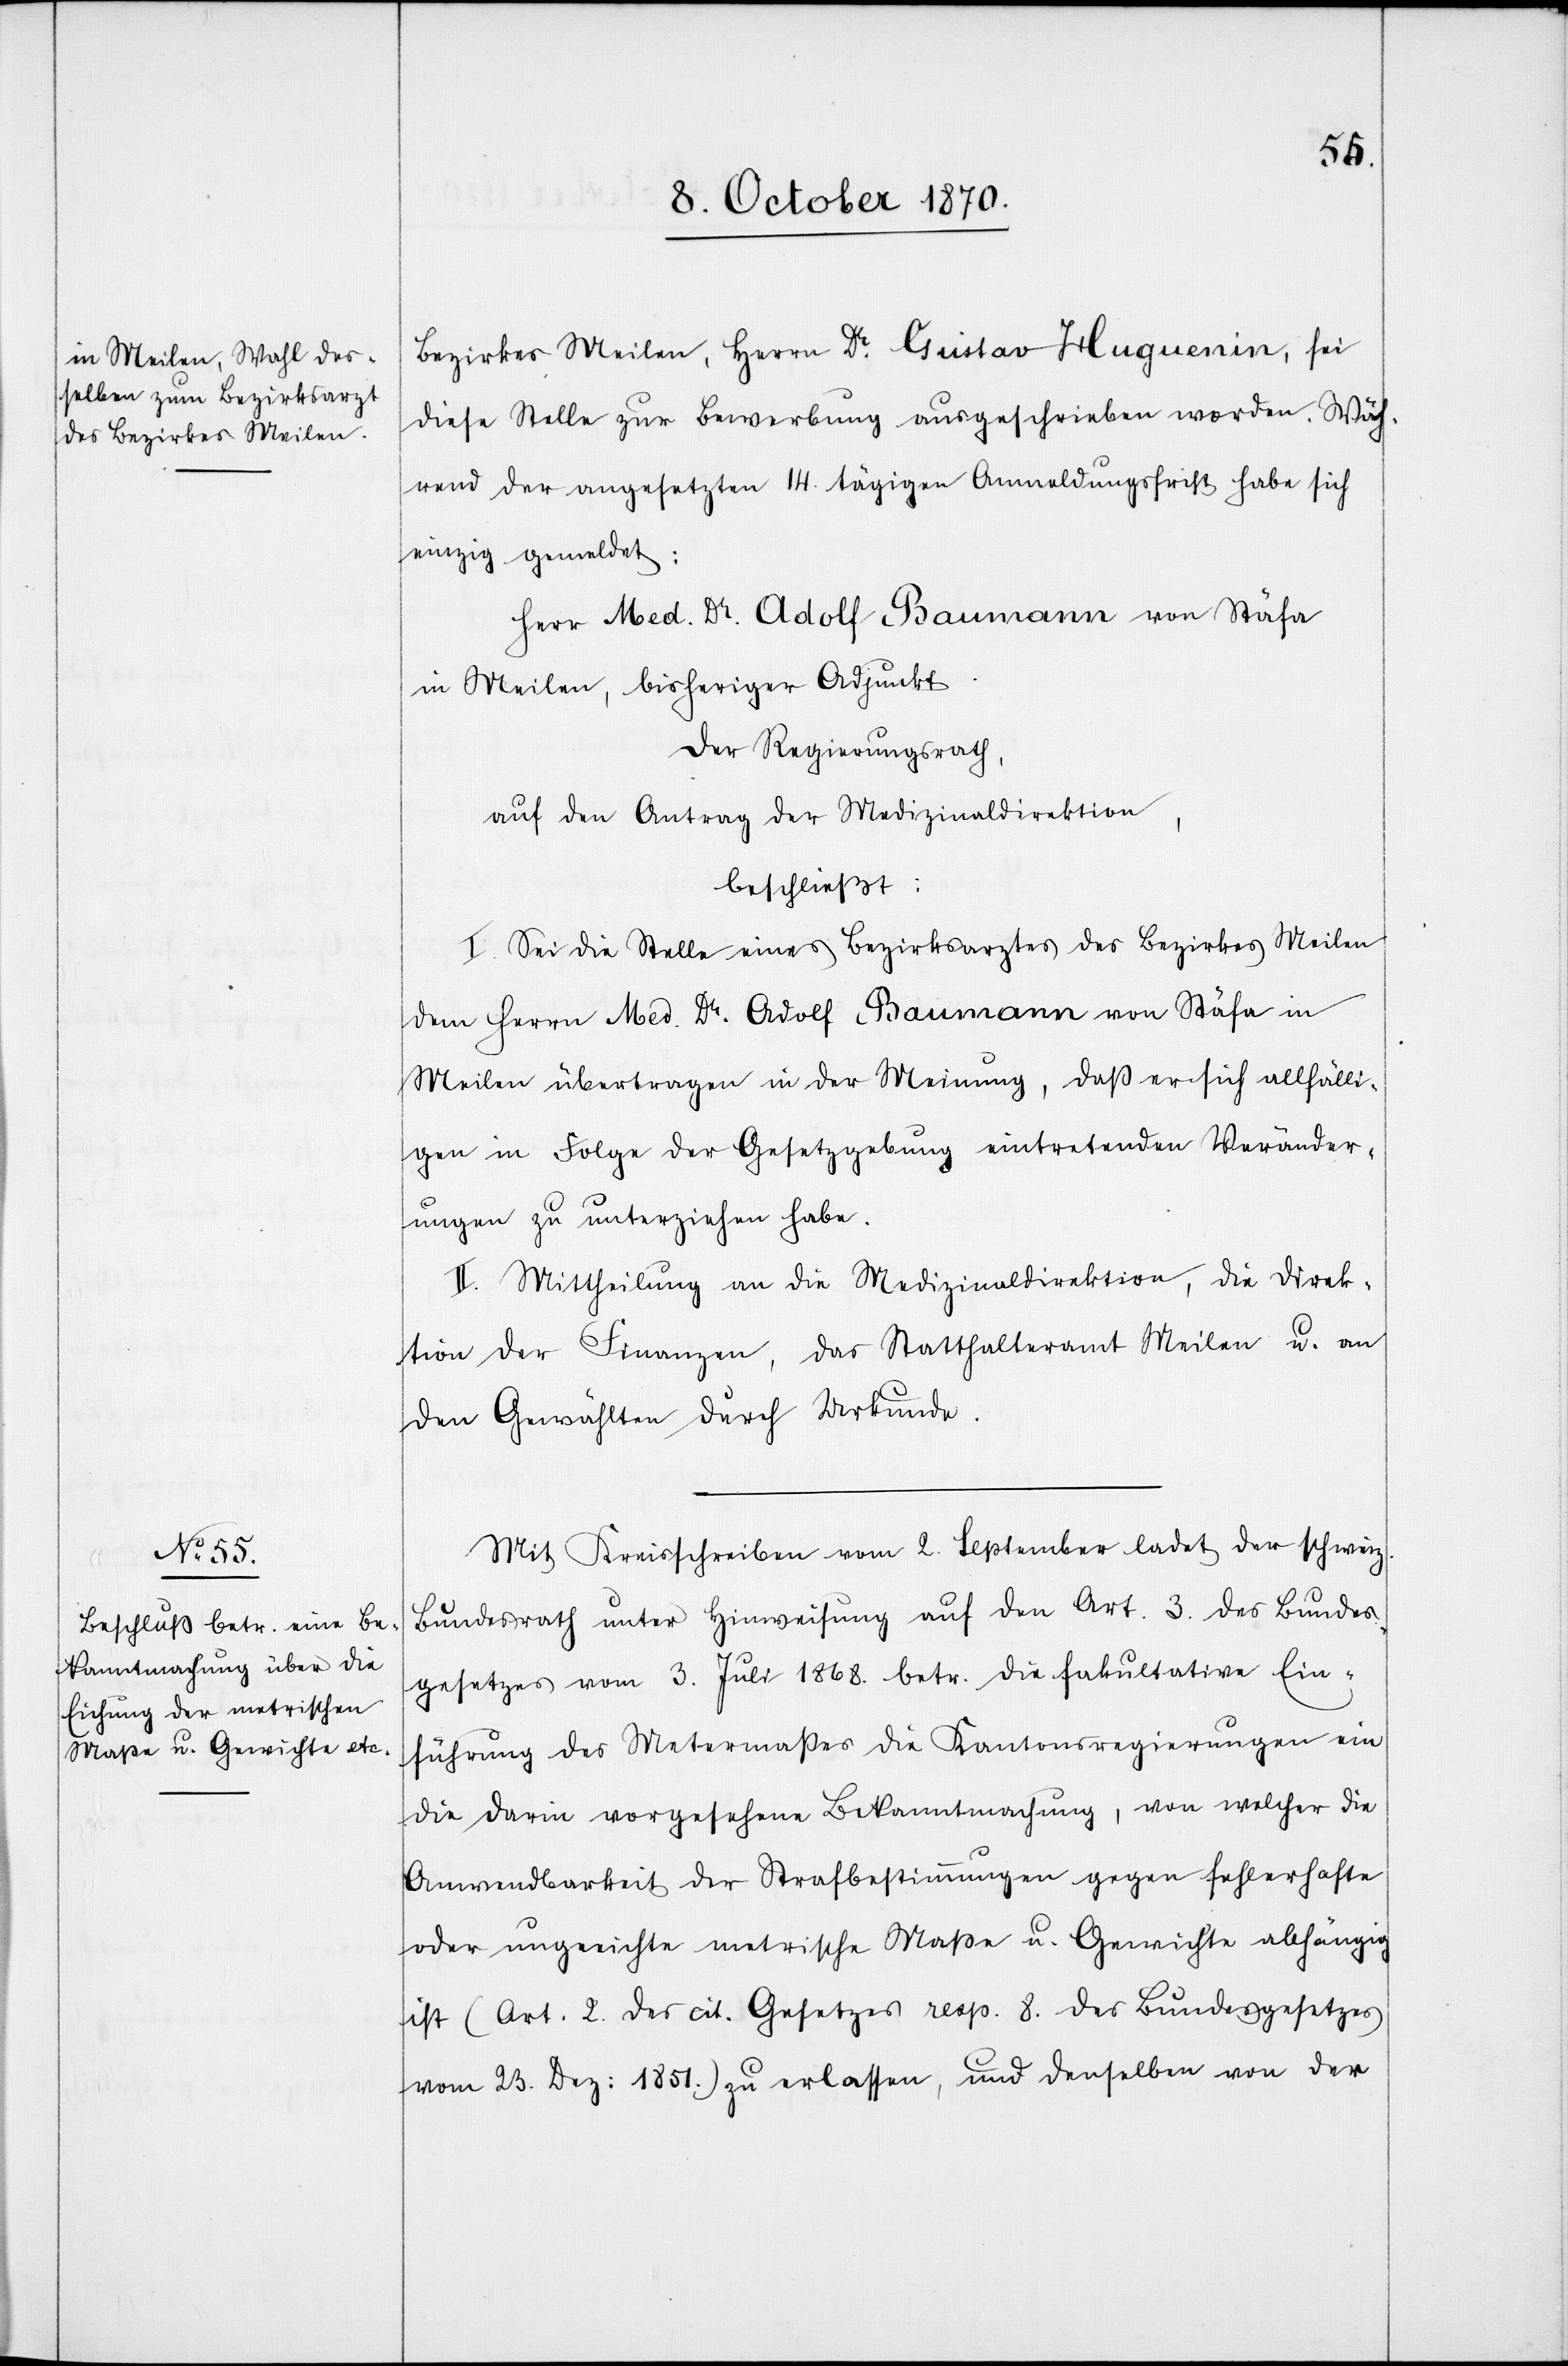
Bezirkes Meilen, Herrn Dr. Gustav Huguenin, sei
diese Stelle zur Bewerbung ausgeschrieben worden. Wäh¬
rend der angesetzten 14. tägigen Anmeldungsfrist habe sich
einzig gemeldet:
Herr Med. Dr. Adolf Baumann von Stäfa
in Meilen, bisheriger Adjunkt.
Der Regierungsrath,
auf den Antrag der Medizinaldirektion,
beschließt:
I. Sei die Stelle eines Bezirksarztes des Bezirkes Meilen
dem Herrn Med. Dr. Adolf Baumann von Stäfe in
Meilen übertragen in der Meinung, daß er sich allfälli¬
gen in Folge der Gesetzgebung eintretenden Veränder¬
ungen zu unterziehen habe.
II. Mittheilung an die Medizinaldirektion, die Direk¬
tion der Finanzen, das Statthalteramt Meilen u. an
den Gewählten durch Urkunde.
Mit Kreisschreiben vom 2. September ladet der schweiz.
Bundesrath unter Hinweisung auf den Art. 3 des Bundes¬
gesetzes vom 3. Juli 1868. betr. die fakultative Ein¬
führung des Metermaßes die Kantonsregierungen ein
die darin vorgesehene Bekanntmachung, von welcher die
Anwendbarkeit der Strafbestimmungen gegen fehlerhafte
oder ungeeichte metrische Maße u. Gewichte abhängig
ist (Art. 2 des cit. Gesetzes resp. 8. des Bundesgesetzes
vom 23. Dez: 1851.) zu erlassen, und denselben von der